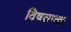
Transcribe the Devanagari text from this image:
विषतज्ज्ञ